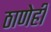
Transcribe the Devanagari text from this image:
ठाणेही